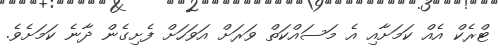
ޓްރެކް އެއް ކަމަށާއި އެ މަސައްކަތް ވަރަށް އަވަހަށް ފެށިގެން ދާނެ ކަމަށެވެ.